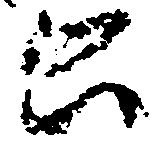
公